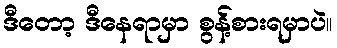
ဒီတော့ ဒီနေရာမှာ စွန့်စားရမှာပဲ။